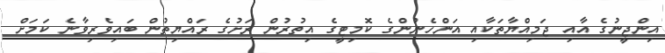
އިންޖީނުގެ އާއި ޖަމިއްޔާތަކާއި އަންހެނުންގެ ކޮމިޓީގެ އިތުރުން ރަށުގެ ރައްޔިތުން ބައިވެރިވާނެ ކަަމަށް